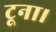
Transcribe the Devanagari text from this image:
टूना।